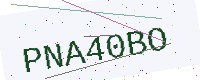
Text: PNA40BO